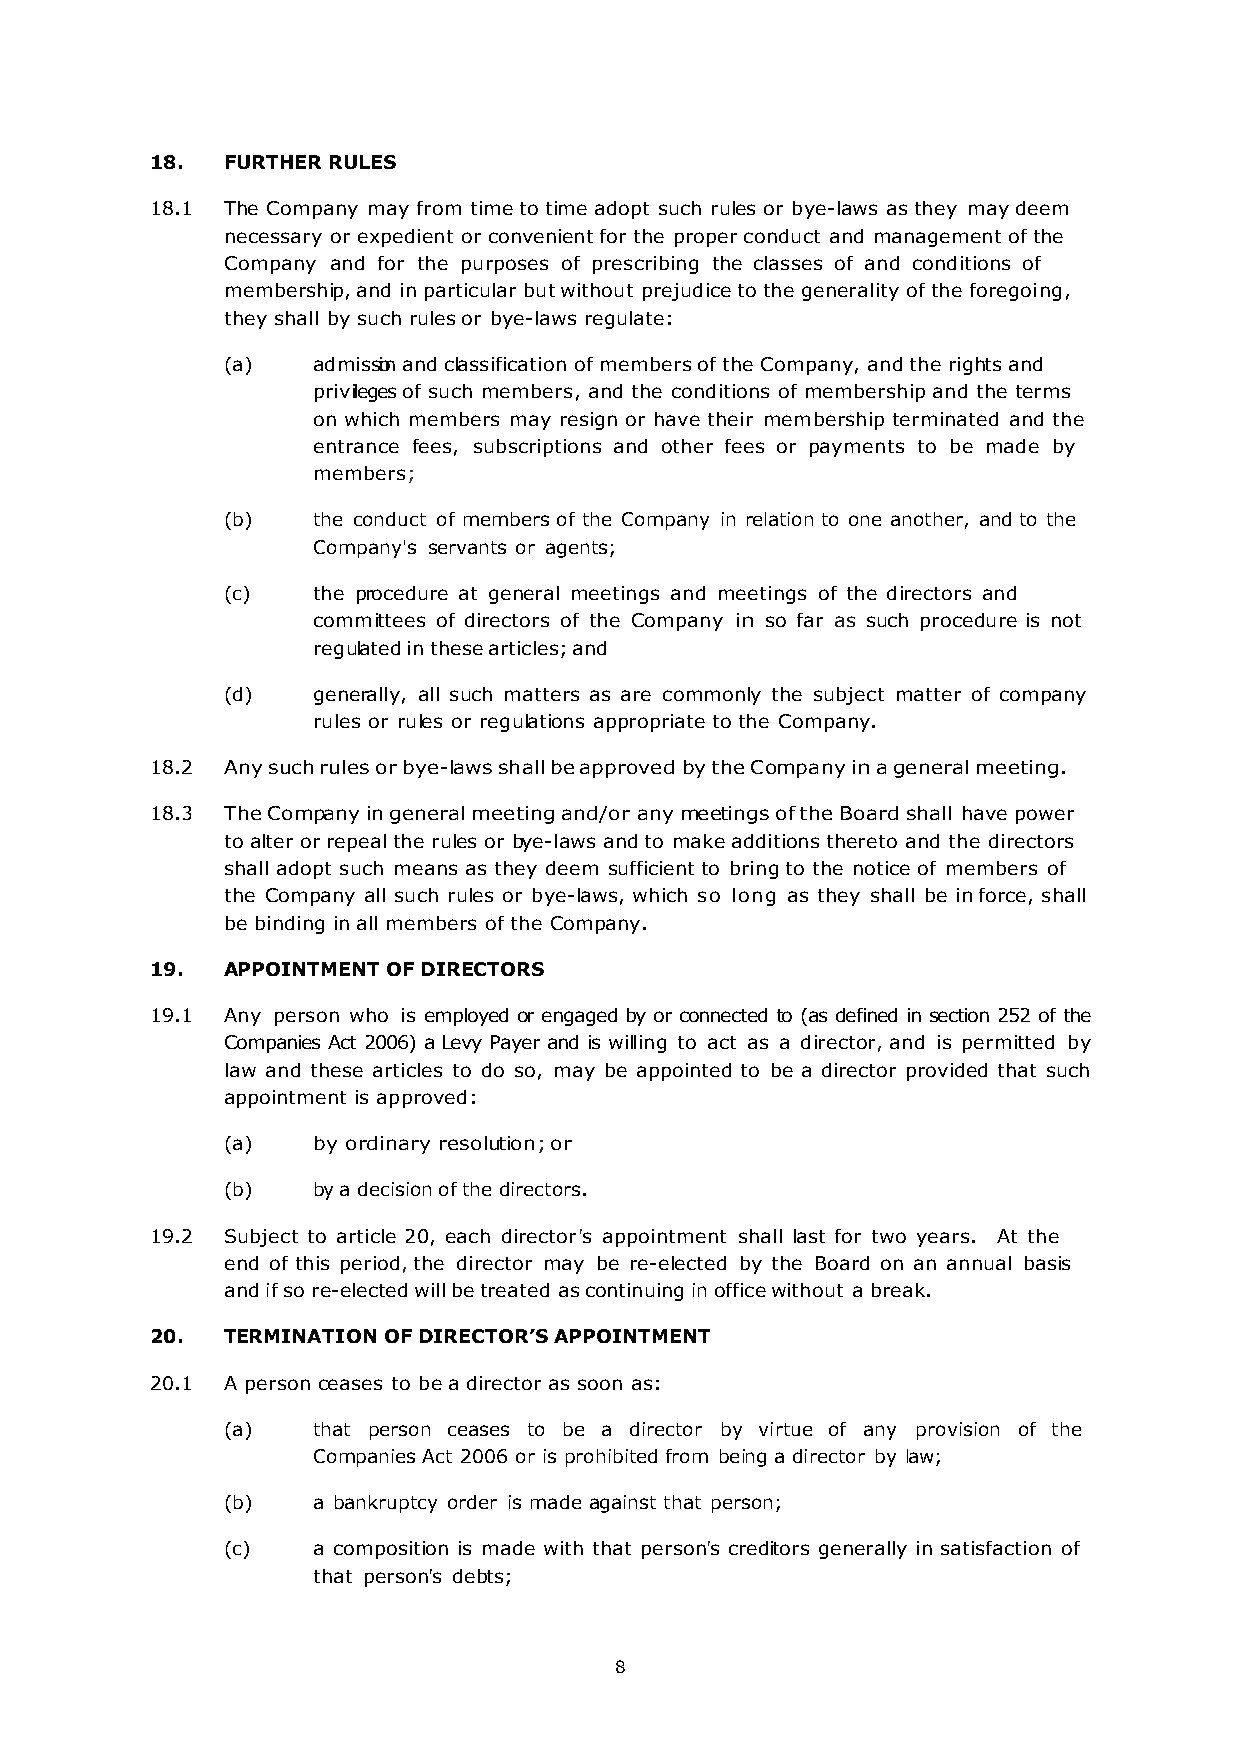
18.  FURTHER RULES
 18.1 The Company may from time to time adopt such rules or bye-laws as they may deem
 necessary or expedient or convenient for the proper conduct and management of the
 Company and for the purposes of prescribing the classes of and conditions of
 membership, and in particular but without prejudice to the generality of the foregoing,
 they shall by such rules or bye-laws regulate:
 (a)   admission and classification of members of the Company, and the rights and
 privileges of such members, and the conditions of membership and the terms
 on which members may resign or have their membership terminated and the
 entrance fees, subscriptions and other fees or payments to be made by
 members;
 (b)   the conduct of members of the Company in relation to one another, and to the
 Company's servants or agents;
 (c)   the procedure at general meetings and meetings of the directors and
 committees of directors of the Company in so far as such procedure is not
 regulated in these articles; and
 (d)   generally, all such matters as are commonly the subject matter of company
 rules or rules or regulations appropriate to the Company.
 18.2 Any such rules or bye-laws shall be approved by the Company in a general meeting.
 18.3 The Company in general meeting and/or any meetings of the Board shall have power
 to alter or repeal the rules or bye-laws and to make additions thereto and the directors
 shall adopt such means as they deem sufficient to bring to the notice of members of
 the Company all such rules or bye-laws, which so long as they shall be in force, shall
 be binding in all members of the Company.
 19.  APPOINTMENT OF DIRECTORS
 19.1 Any person who is employed or engaged by or connected to (as defined in section 252 of the
 Companies Act 2006) a Levy Payer and is willing to act as a director, and is permitted by
 law and these articles to do so, may be appointed to be a director provided that such
 appointment is approved:
 (a)   by ordinary resolution; or
 (b)   by a decision of the directors.
 19.2 Subject to article 20, each director's appointment shall last for two years. At the
 end of this period, the director may be re-elected by the Board on an annual basis
 and if so re-elected will be treated as continuing in office without a break.
 20.  TERMINATION OF DIRECTOR’S APPOINTMENT
 20.1 A person ceases to be a director as soon as:
 (a)   that person ceases to be a director by virtue of any provision of the
 Companies Act 2006 or is prohibited from being a director by law;
 (b)   a bankruptcy order is made against that person;
 (c)   a composition is made with that person's creditors generally in satisfaction of
 that person's debts;
 8